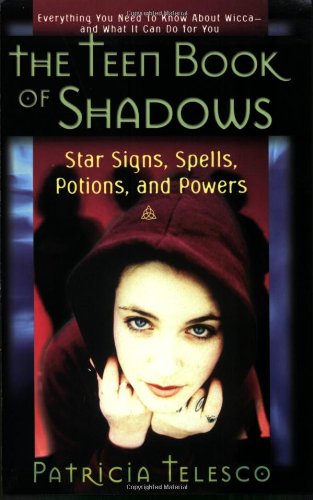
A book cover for The Teen Book Of Shadows: Star Signs, Spells, Potions, and Powers; Patricia Telesco; Teen & Young Adult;